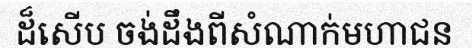
ដ៏សើប ចង់ដឹងពីសំណាក់មហាជន